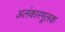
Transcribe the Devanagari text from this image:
अलंकारमूलक